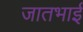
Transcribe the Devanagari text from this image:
जातभाई